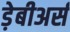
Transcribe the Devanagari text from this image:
ड़ेबीअर्स